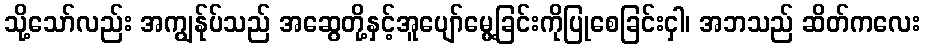
သို့သော်လည်း အကျွန်ုပ်သည် အဆွေတို့နှင့်အူပျော်မွေ့ခြင်းကိုပြုစေခြင်းငှါ၊ အဘသည် ဆိတ်ကလေး